NAE_ERA_R-2362_Emakeele_Selts, lk 46
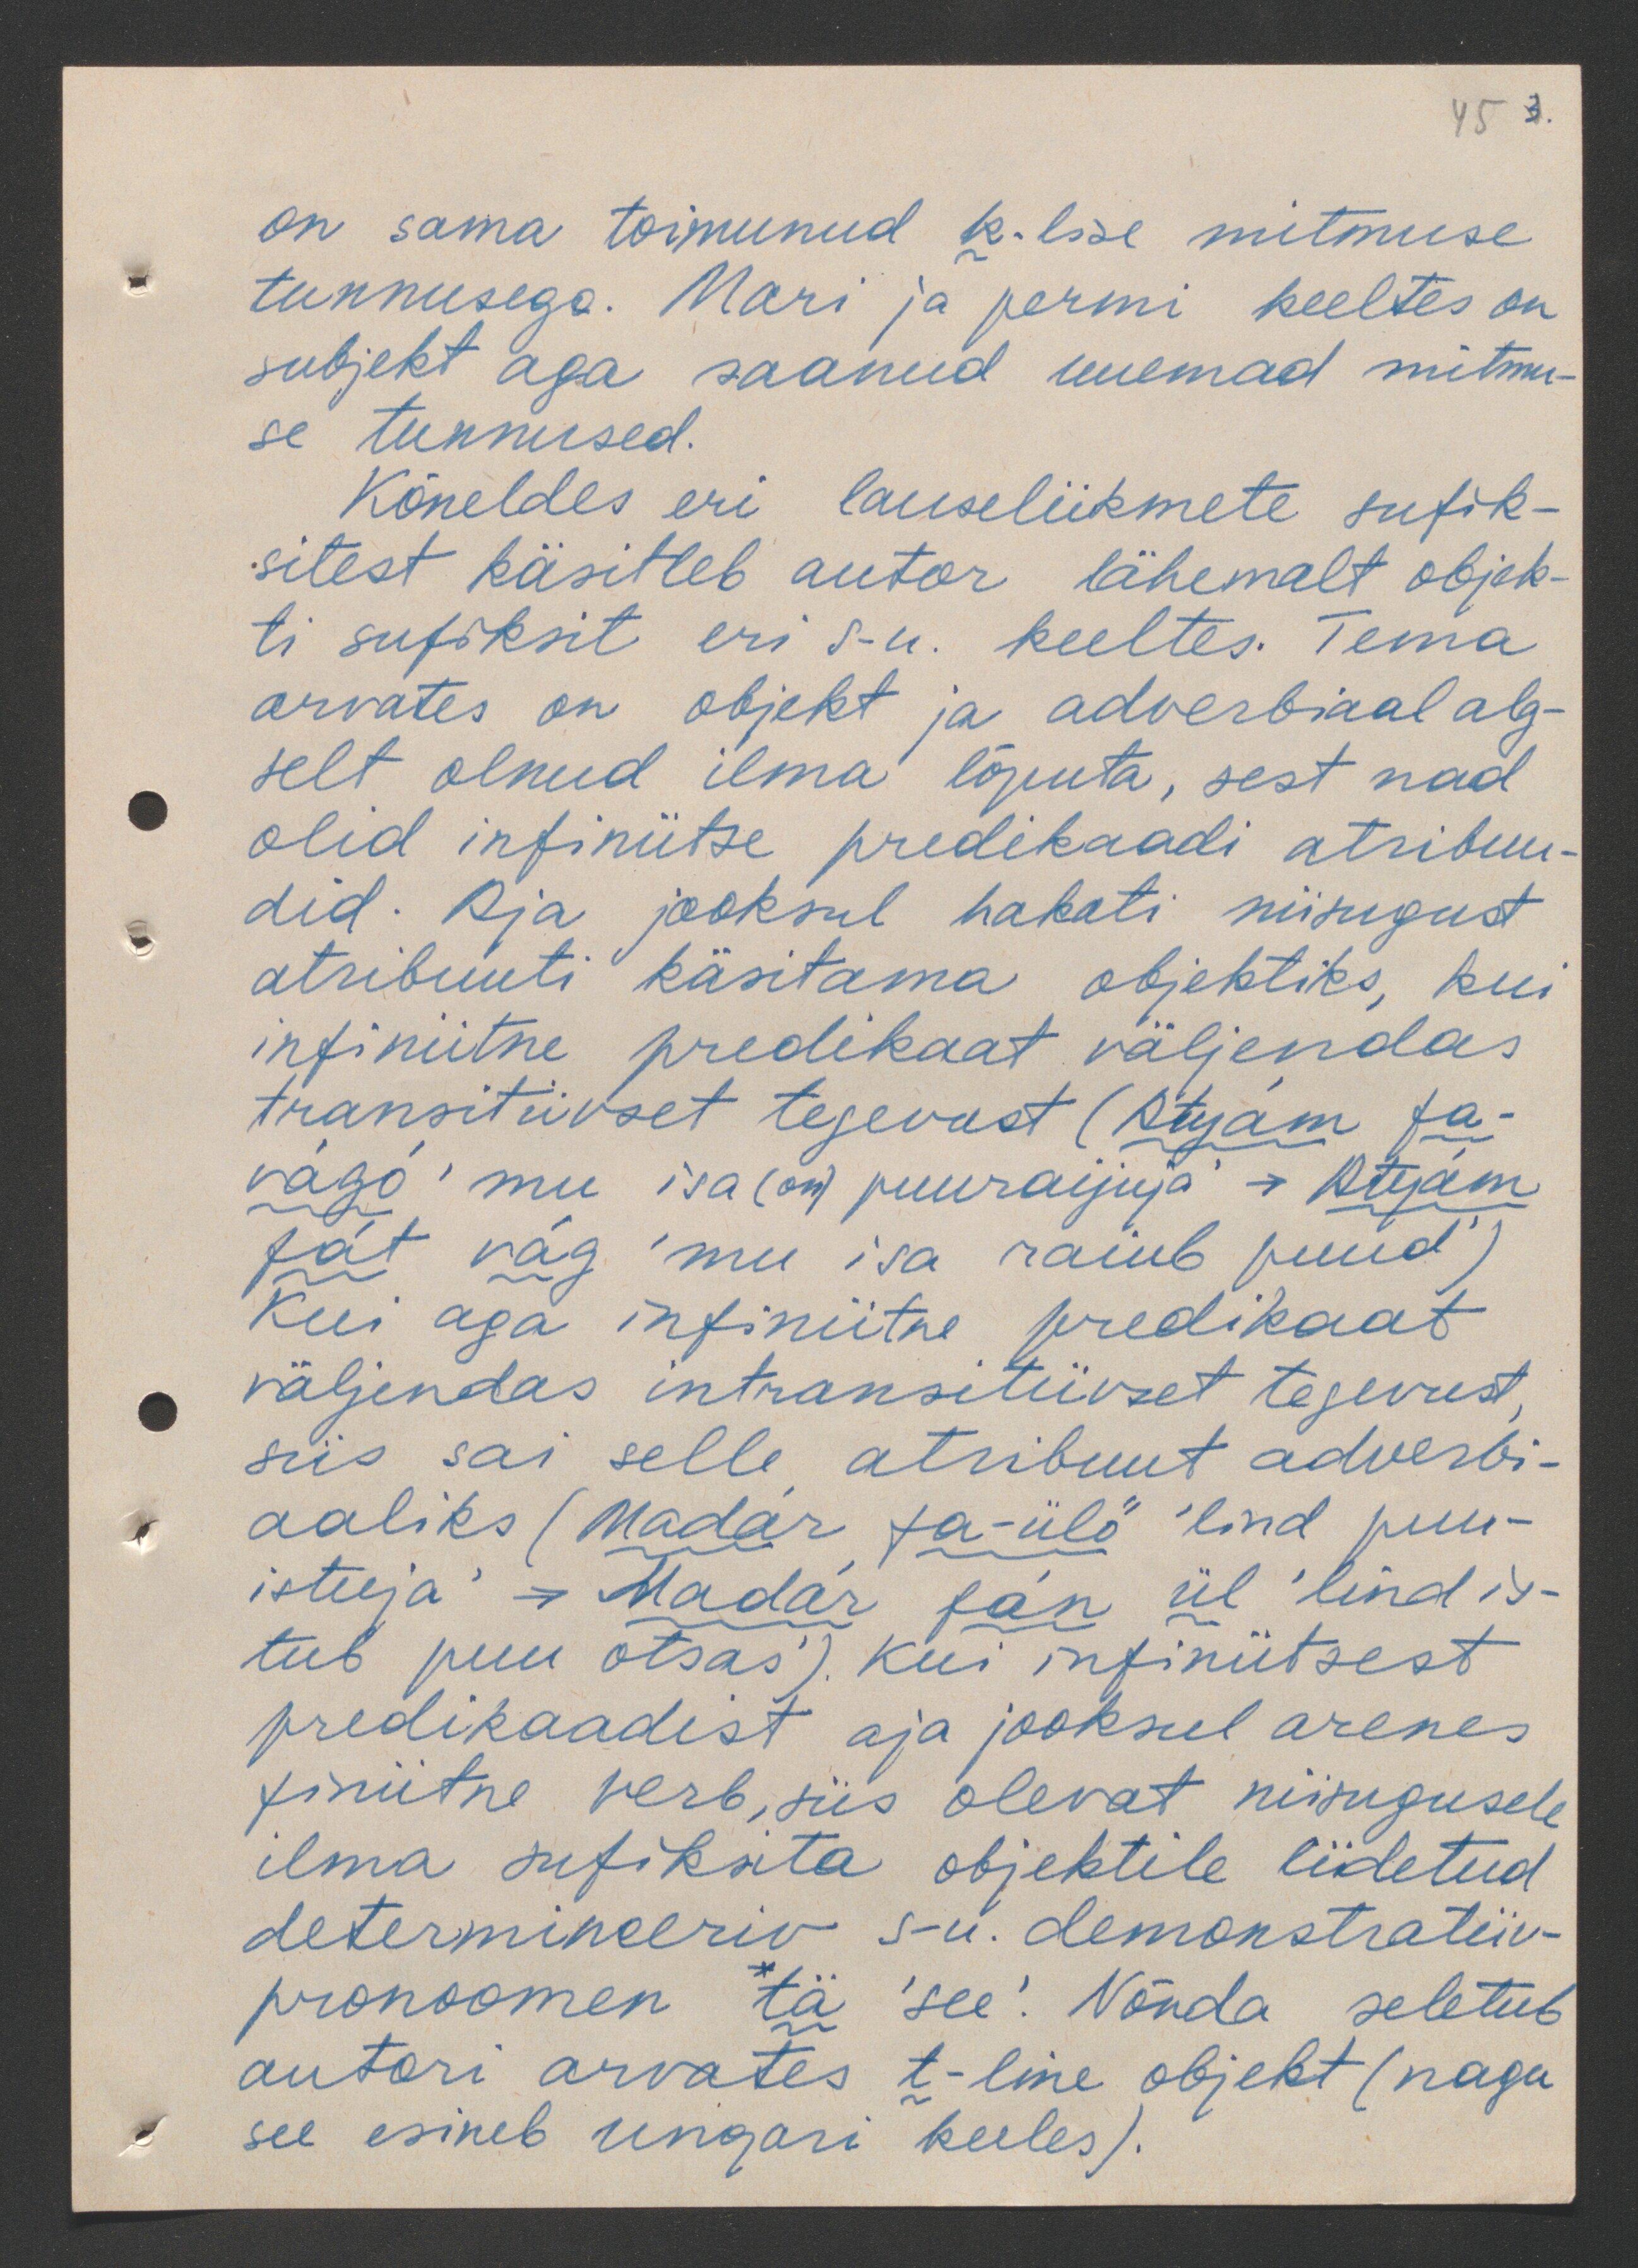
45 3.

on sama toimunud k-lise mitmuse
tunnusega. Mari ja permi keeltes on
subjekt aga saanud uuemad mitmu-
se tunnused.
Kõneldes eri lauseliikmete sufik-
sitest käsitleb autor lähemalt objek-
ti sufiksit eri s-u. keeltes. Tema
arvates on objekt ja adverbiaal alg-
selt olnud ilma lõputa, sest nad
olid infiniitse presikaadi atribuu-
did. Aja jooksul hakati niisugust
atribuuti käsitama objektiks, kui
infiniitne predikaat väljendas
transitiivset tegevust (Atyam fa-
vago 'mu isa (оn) puuraijuja' -> Atyam
fat vag 'mu isa raiub puud')
Kui aga infiniitne predikaat
väljendas intransitiivset tegevust.
siis sai selle atribuut adverbi-
aaliks (Madar fa-ülö 'lind puu-
istuja' -> Madar fan ül 'lind is-
tub puu otsas'). Kui infiniitsest
predikaadist aja jooksel arenes
finiitne verb, siis olevat niisugusele
ilma sufiksita objektile liidetud
determineeriv s-u. demonstratiiv-
pronoomen *tä 'see'. Nõnda seletub
autori arvates t-line objekt (nagu
see esineb ungari keeles).